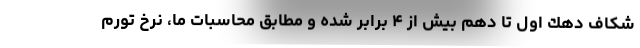
شكاف دهك اول تا دهم بيش از ۴ برابر شده و مطابق محاسبات ما، نرخ تورم